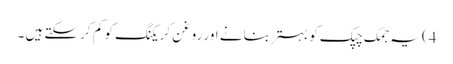
4) یہ جمک چپک کو بہتر بنانے اور روغن کریکنگ کو کم کر سکتے ہیں ۔